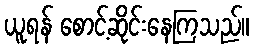
ယူရန် စောင့်ဆိုင်းနေကြသည်။